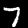
Label: 7